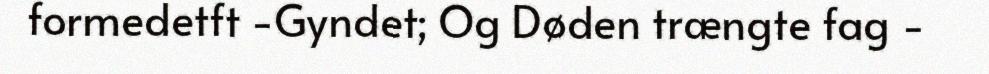
formedetft -Gyndet; Og Døden trængte fag -